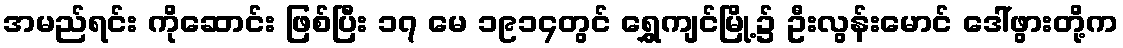
အမည်ရင်း ကိုဆောင်း ဖြစ်ပြီး ၁၇ မေ ၁၉၁၄တွင် ရွှေကျင်မြို့၌ ဦးလွန်းမောင် ဒေါ်ဖွားတို့က